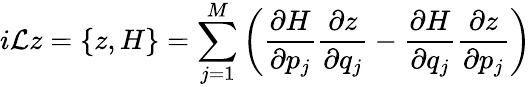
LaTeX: i\mathcal{L}z=\{ z,H\} =\sum_{j=1}^{M}\left(\frac{\partial H}{\partial p_{j}}\frac{\partial z}{\partial q_{j}}-\frac{\partial H}{\partial q_{j}}\frac{\partial z}{\partial p_{j}}\right)